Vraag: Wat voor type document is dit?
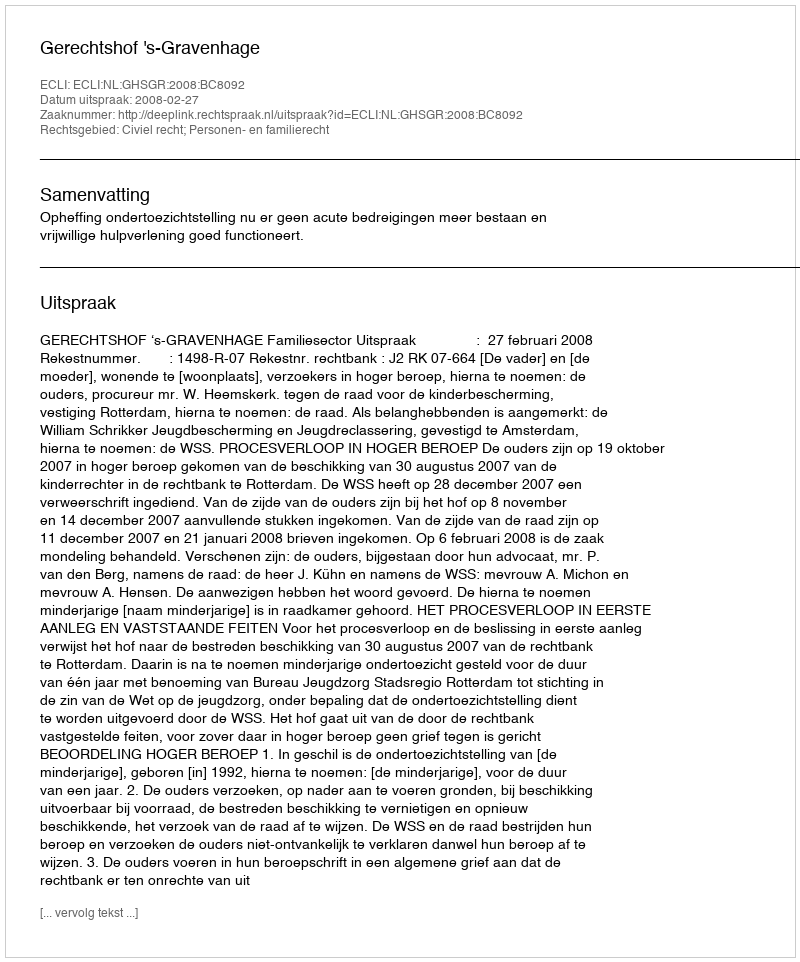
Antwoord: Uitspraak